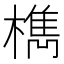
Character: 檇